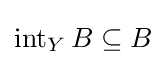
\operatorname {int} _{Y}B\subseteq B